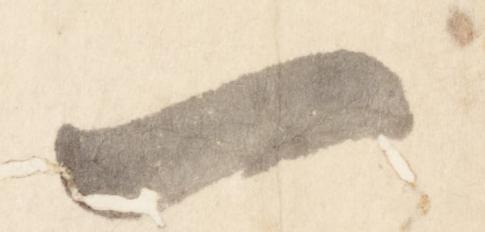
一